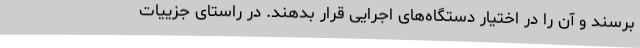
برسند و آن را در اختیار دستگاه‌های اجرایی قرار بدهند. در راستای جزییات